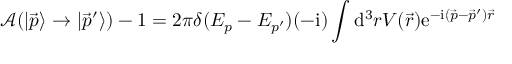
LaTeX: { \mathcal { A } } ( | { \overrightarrow { p } } \rangle \to | { \overrightarrow { p } } ^ { \prime } \rangle ) - 1 = 2 \pi \delta ( E _ { p } - E _ { p ^ { \prime } } ) ( - \mathrm { i } ) \int \mathrm { d } ^ { 3 } r V ( { \vec { r } } ) \mathrm { e } ^ { - \mathrm { i } ( { \vec { p } } - { \vec { p } } ^ { \prime } ) { \vec { r } } }